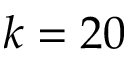
k = 2 0